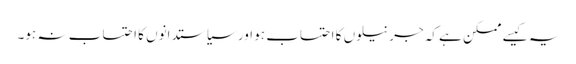
یہ کیسے ممکن ہے کہ جرنیلوں کا احتساب ہو اور سیاستدانوں کا احتساب نہ ہو۔